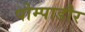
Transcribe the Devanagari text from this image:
पोम्पाडौर